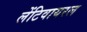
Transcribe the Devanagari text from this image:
लेंटिवायरल